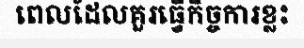
ពេលដែលគួរធ្វើកិច្ចការខ្លះ